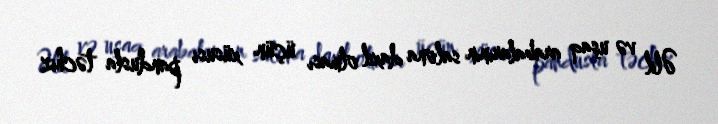
Əlil və uşaq arabalarının salona daxil olması üçün xüsusi pandusla təchiz